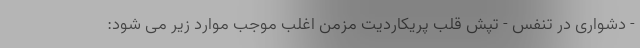
- دشواری در تنفس - تپش قلب پریکاردیت مزمن اغلب موجب موارد زیر می شود: